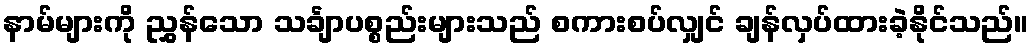
နာမ်များကို ညွှန်သော သင်္ချာပစ္စည်းများသည် စကားစပ်လျှင် ချန်လှပ်ထားခဲ့နိုင်သည်။